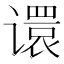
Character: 𫍽